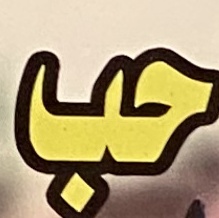
حب